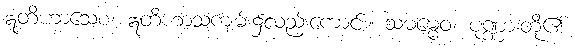
ဣတိဟာသေစ၊ ဣတိဟာသကျမ်း၌လည်းကောင်း။ သဓမ္မေဝ၊ ပုဏ္ဏားတို့၏